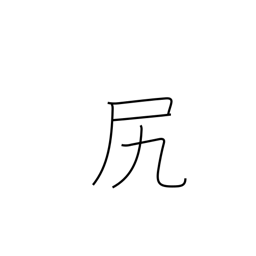
Meaning: rear